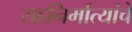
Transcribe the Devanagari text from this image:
सहनिर्मात्यांचे